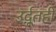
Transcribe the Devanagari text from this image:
उर्दूतही